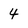
Character: 4